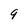
Character: 9